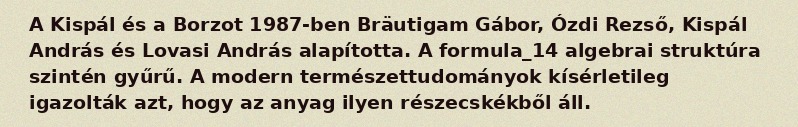
A Kispál és a Borzot 1987-ben Bräutigam Gábor, Ózdi Rezső, Kispál András és Lovasi András alapította. A formula_14 algebrai struktúra szintén gyűrű. A modern természettudományok kísérletileg igazolták azt, hogy az anyag ilyen részecskékből áll.